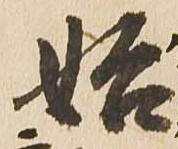
始